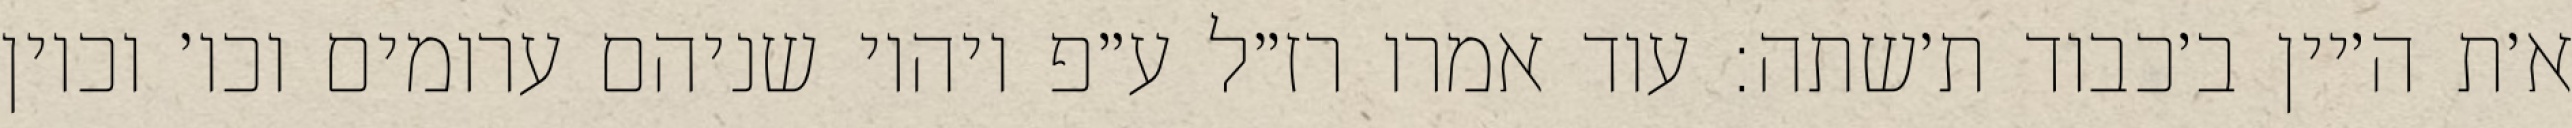
א׳ת ה׳יין ב׳כבוד ת׳שתה: עוד אמרו רז״ל ע״פ ויהיו שניהם ערומים וכו׳ וכיון